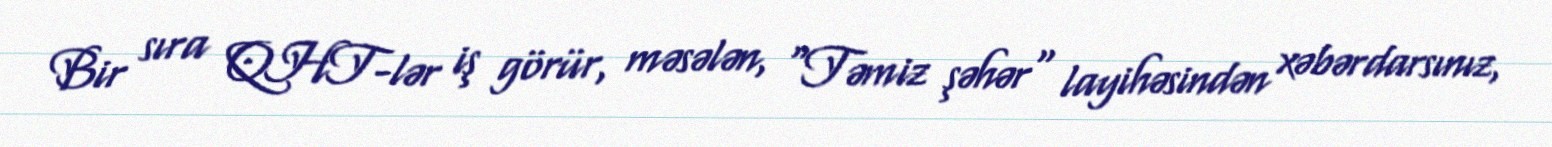
Bir sıra QHT-lər iş görür, məsələn, "Təmiz şəhər" layihəsindən xəbərdarsınız,